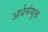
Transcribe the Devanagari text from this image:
अर्धसंयुक्त